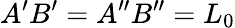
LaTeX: A^{\prime}B^{\prime}=A^{\prime\prime}B^{\prime\prime}=L_{0}